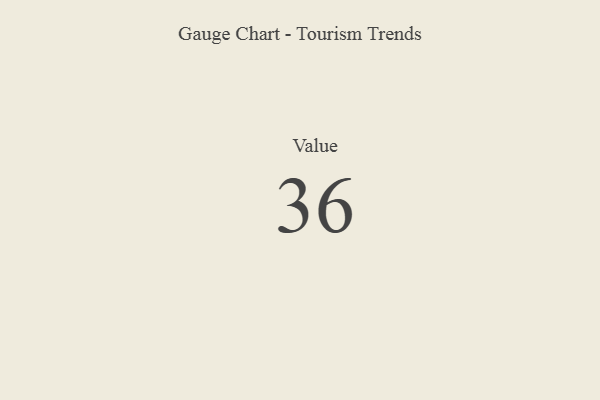
{"axis": {"x": "Metric", "y": "Value"}, "legend": [""], "data": [{"x": "Value", "y": 36, "type": ""}]}